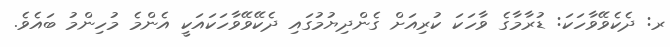
ރ: ދެކެވޭވާހަކަ: ޑުރާމާގެ ވާހަކަ ކުރިއަށް ގެންދިޔުމުގައި ދެކޭވޭވާހަކައަކީ އެންމެ މުހިންމު ބައެވެ.